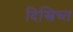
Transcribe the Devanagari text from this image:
दिस्त्रिच्त